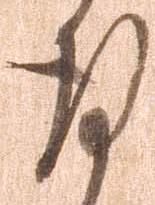
謹